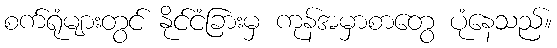
စက်ရုံများတွင် နိုင်ငံခြားမှ ကုန်အမှာစာတွေ ပုံနေသည်။